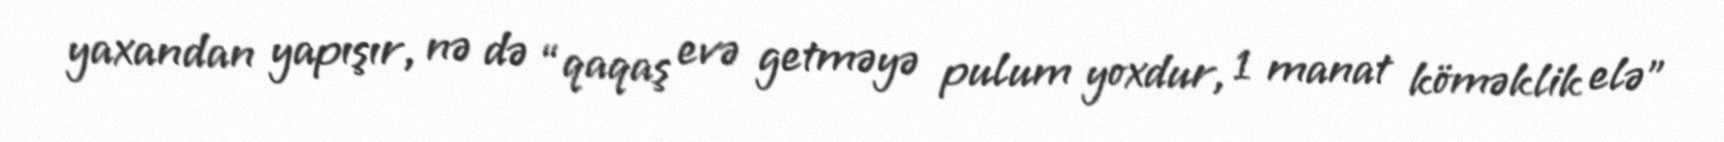
yaxandan yapışır, nə də “qaqaş evə getməyə pulum yoxdur, 1 manat köməklik elə”